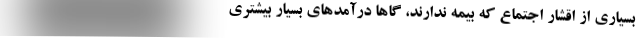
بسیاری از اقشار اجتماع که بیمه ندارند، گاهاً درآمدهای بسیار بیشتری